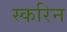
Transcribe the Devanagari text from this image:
स्करिन